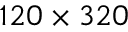
1 2 0 \times 3 2 0